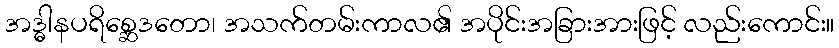
အဒ္ဓါနပရိစ္ဆေဒတော၊ အသက်တမ်းကာလ၏ အပိုင်းအခြားအားဖြင့် လည်းကောင်း။